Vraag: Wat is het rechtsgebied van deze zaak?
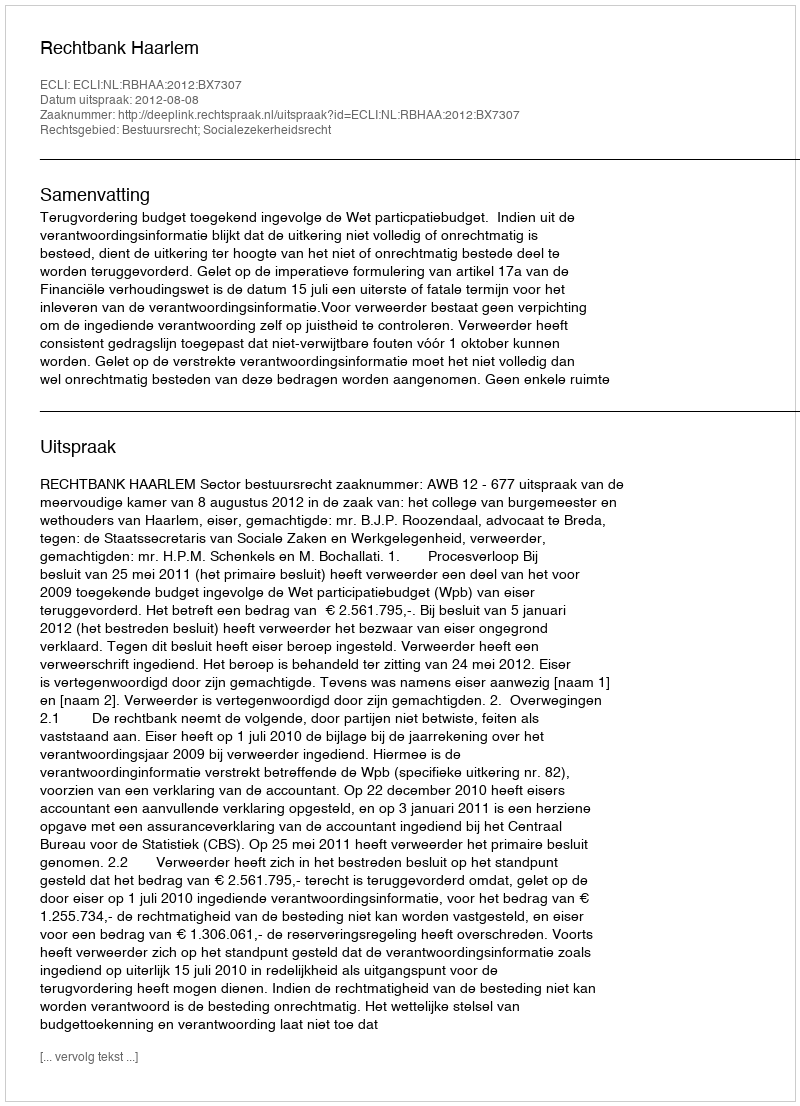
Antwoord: Bestuursrecht; Socialezekerheidsrecht